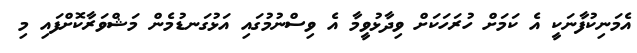
އެމަނިކުފާނަކީ އެ ކަމަށް ހުރަހަކަށް ވިދާޅުވީމާ އެ ވިސްނުމުގައި އަޅުގަނޑުމެން މަޝްވަރާކޮށްފައި މި